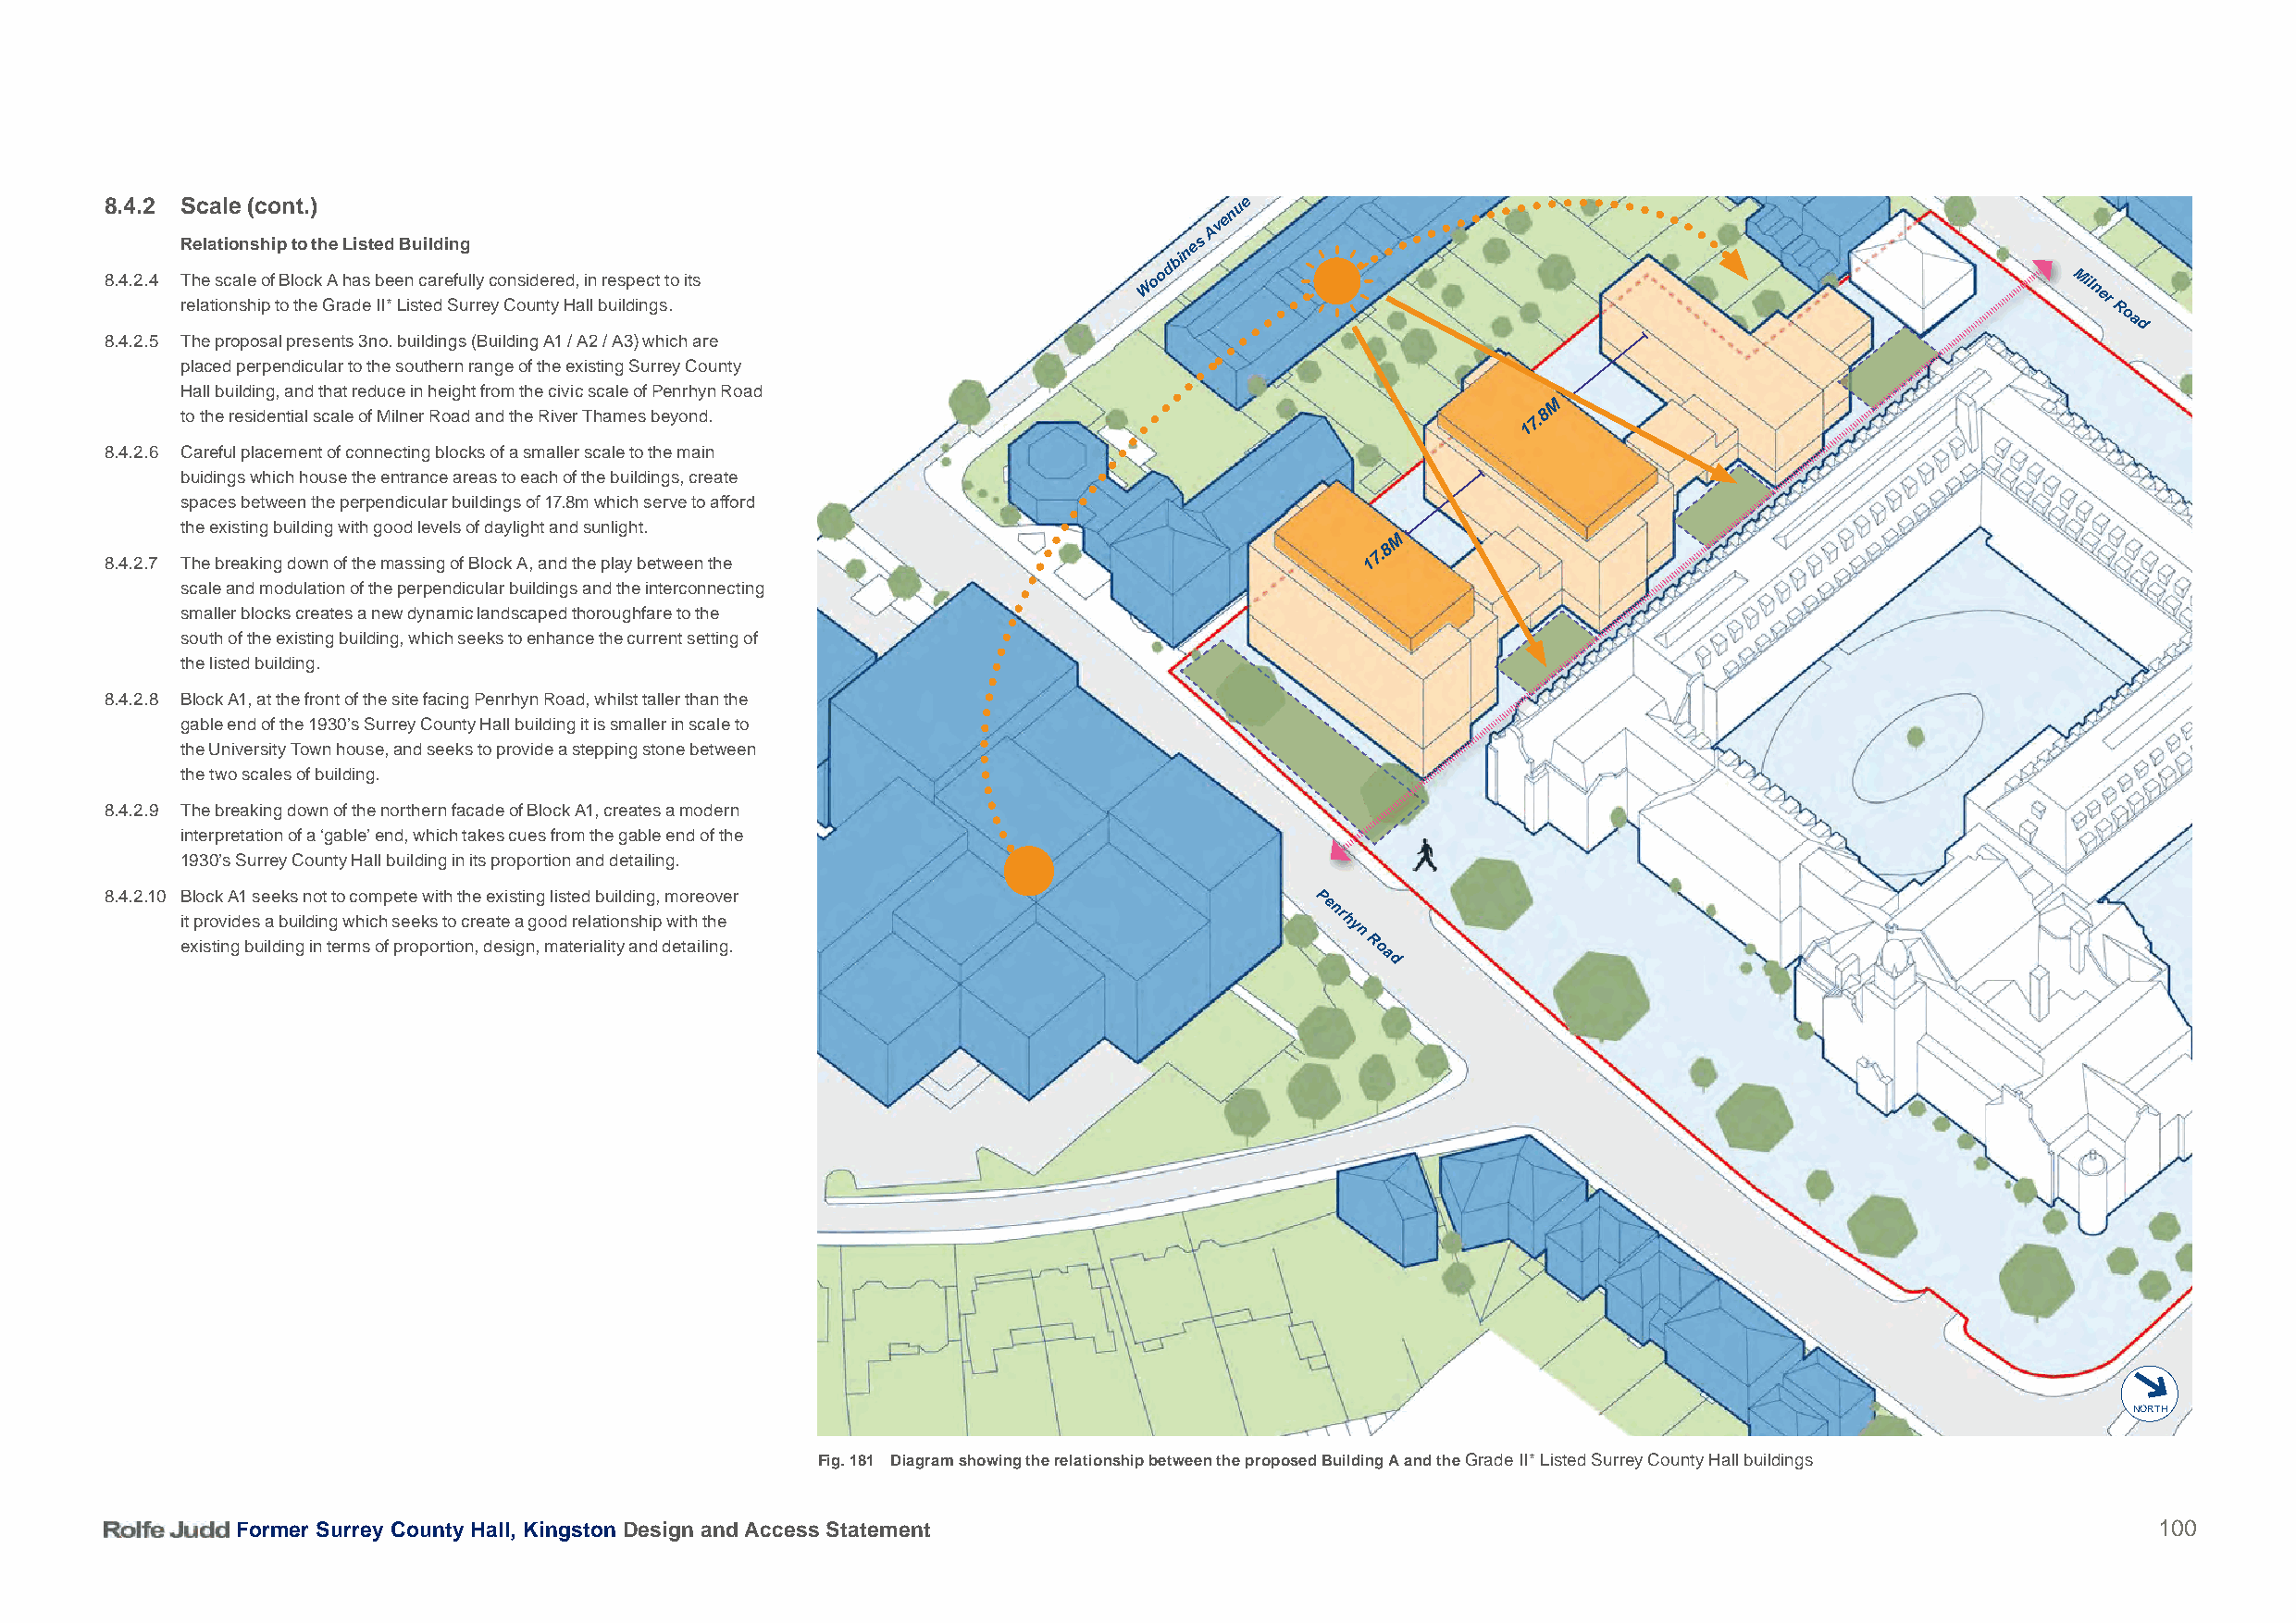
8.4.2 Scale (cont.)                                                               ue
 n
 Ave
 Relationship to the Listed Building                                     nes
 bi
 d
 8.4.2.4 T reh lae
 t
 is oc na sle
 h
 io pf
 t
 B
 o
 l to hc ek
 G
 A
 r
 ah da es b IIe
 *
 e Ln
 is
 c tea dr e Sfu ul rl ry
 e
 c yo Cn os uid ne tr ye Hd,
 a
 i ln
 l
 bre uis ldp ie nc gt
 s
 t .o its
 W
 oo                                                                Mil
 ner
 R
 oa
 d
 8.4.2.5 The proposal presents 3no. buildings (Building A1 / A2 / A3) which are
 placed perpendicular to the southern range of the existing Surrey County
 Hall building, and that reduce in height from the civic scale of Penrhyn Road
 M
 to the residential scale of Milner Road and the River Thames beyond.                             7.8
 1
 8.4.2.6 Careful placement of connecting blocks of a smaller scale to the main
 buidings which house the entrance areas to each of the buildings, create
 spaces between the perpendicular buildings of 17.8m which serve to afford
 the existing building with good levels of daylight and sunlight.
 M
 8
 8.4.2.7 The breaking down of the massing of Block A, and the play between the
 17.
 scale and modulation of the perpendicular buildings and the interconnecting
 smaller blocks creates a new dynamic landscaped thoroughfare to the
 south of the existing building, which seeks to enhance the current setting of
 the listed building.
 8.4.2.8 Block A1, at the front of the site facing Penrhyn Road, whilst taller than the
 gable end of the 1930’s Surrey County Hall building it is smaller in scale to
 the University Town house, and seeks to provide a stepping stone between
 the two scales of building.
 8.4.2.9 The breaking down of the northern facade of Block A1, creates a modern
 interpretation of a ‘gable’ end, which takes cues from the gable end of the
 1930’s Surrey County Hall building in its proportion and detailing.
 8.4.2.10 Block A1 seeks not to compete with the existing listed building, moreover     Pe
 it provides a building which seeks to create a good relationship with the
 nr
 hy
 n
 existing building in terms of proportion, design, materiality and detailing.        R oa
 d
 NORTH
 Fig. 181 Diagram showing the relationship between the proposed Building A and the Grade II* Listed Surrey County Hall buildings
 Former Surrey County Hall, Kingston Design and Access Statement                                                                          100